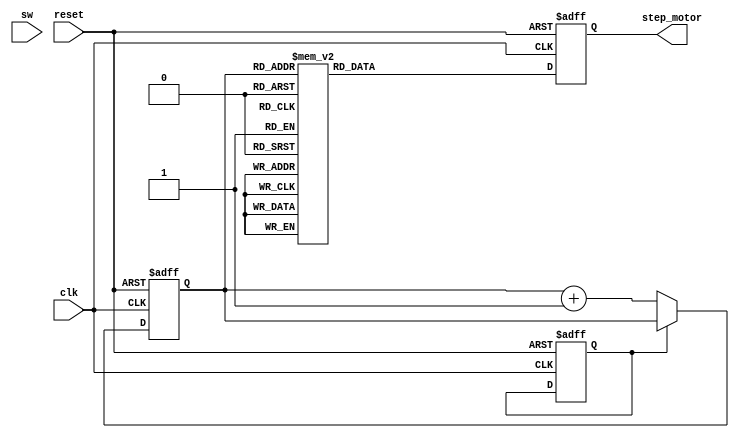
module step_motor(
	input clk, reset, sw,
	output reg [3:0] step_motor
);

reg [2:0] count;
reg switch, temp;

always@(posedge clk or negedge reset) begin
	if(reset == 1'b0) begin
		count <= 0;
		step_motor <= 0;
		switch <= 0;
	end

	else begin
		
		if(switch == 0) begin
			count <= count +1;
		end
		
		else count <= count;

		case(count)
			3'd0 : step_motor <= 4'b1000;
			3'd1 : step_motor <= 4'b1100;
			3'd2 : step_motor <= 4'b0100;
			3'd3 : step_motor <= 4'b0110;
			3'd4 : step_motor <= 4'b0010;
			3'd5 : step_motor <= 4'b0011;
			3'd6 : step_motor <= 4'b0001;
			3'd7 : step_motor <= 4'b1001;
		endcase
	end
end

endmodule